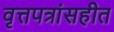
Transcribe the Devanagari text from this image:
वृत्तपत्रांसहीत